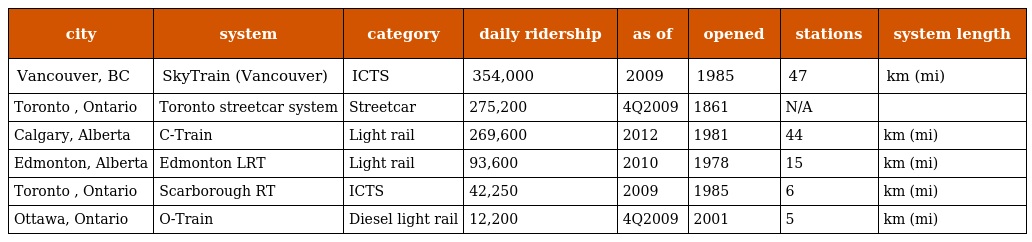
| city | system | category | daily ridership | as of | opened | stations | system length |
 | --- | --- | --- | --- | --- | --- | --- | --- |
 | Vancouver, BC | SkyTrain (Vancouver) | ICTS | 354,000 | 2009 | 1985 | 47 | km (mi) |
 | Toronto , Ontario | Toronto streetcar system | Streetcar | 275,200 | 4Q2009 | 1861 | N/A |  |
 | Calgary, Alberta | C-Train | Light rail | 269,600 | 2012 | 1981 | 44 | km (mi) |
 | Edmonton, Alberta | Edmonton LRT | Light rail | 93,600 | 2010 | 1978 | 15 | km (mi) |
 | Toronto , Ontario | Scarborough RT | ICTS | 42,250 | 2009 | 1985 | 6 | km (mi) |
 | Ottawa, Ontario | O-Train | Diesel light rail | 12,200 | 4Q2009 | 2001 | 5 | km (mi) |